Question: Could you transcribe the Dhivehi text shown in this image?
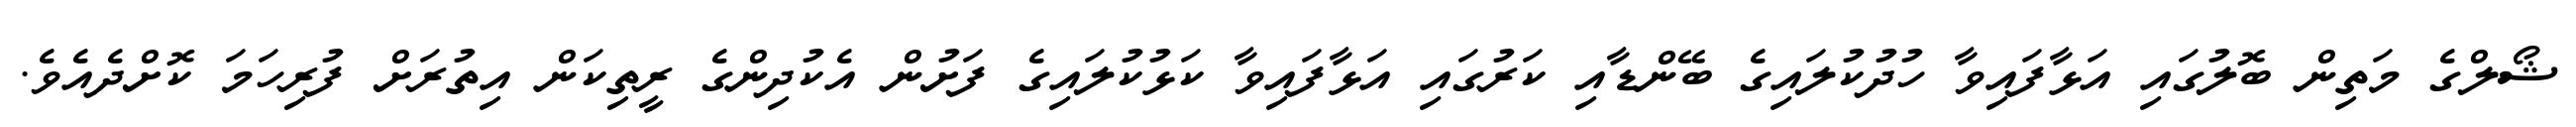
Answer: ޝޯލްގެ މަތިން ބޮލުގައި އަޅާފައިވާ ހުދުކުލައިގެ ބޭންޑާއި ކަރުގައި އަޅާފައިވާ ކަޅުކުލައިގެ ފަށުން އެކުދިންގެ ރީތިކަން އިތުރަށް ފުރިހަމަ ކޮށްދެއެވެ.